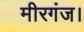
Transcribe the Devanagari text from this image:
मीरगंज।